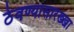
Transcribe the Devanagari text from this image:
ठेवण्यासारख्खा